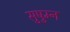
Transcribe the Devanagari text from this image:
सुषुम्न